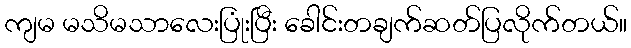
ကျမ မသိမသာလေးပြုံးပြီး ခေါင်းတချက်ဆတ်ပြလိုက်တယ်။